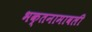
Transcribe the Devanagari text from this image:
भक्तनामावली